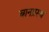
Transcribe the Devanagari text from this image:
बानप्रस्‍थ